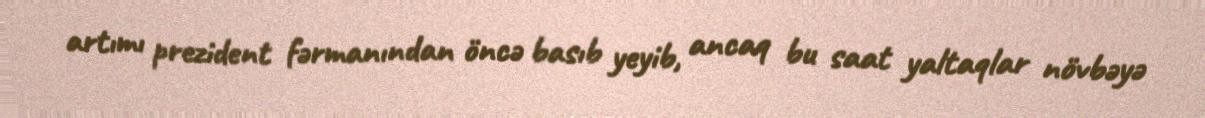
artımı prezident fərmanından öncə basıb yeyib, ancaq bu saat yaltaqlar növbəyə